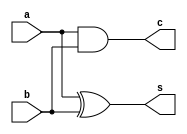
`timescale 1ns / 1ps
//////////////////////////////////////////////////////////////////////////////////
// Company: 
// Engineer: 
// 
// Design Name: 
// Module Name: hal
// Project Name: 
// Target Devices: 
// Tool Versions: 
// Description: 
// 
// Dependencies: 
// 
// Revision:
// Revision 0.01 - File Created
// Additional Comments:
// 
//////////////////////////////////////////////////////////////////////////////////

module hal(a,b,s,c);
input a,b;
output s,c;
xor(s,a,b);
and(c,a,b);
endmodule